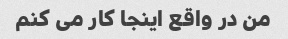
من در واقع اینجا کار می کنم